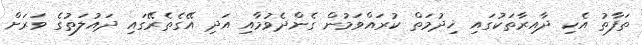
ތަފާތު އެކި ދާއިރާތަކުގައި ޚިދުމަތް ކުރައްވަމުން ގެންދެވުމާއި އަދި އޭގެތެރޭގައި ދައުލަތުގެ ވަރަށް